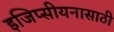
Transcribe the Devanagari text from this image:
इजिप्सीयनासाठी